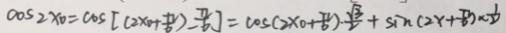
\cos 2 x 0 = \cos [ ( 2 \times 0 + \frac { \pi } { 6 } ) - \frac { \pi } { 6 } ] = \cos ( 2 x 0 + \frac { \pi } { 6 } ) \cdot \frac { \sqrt { 3 } } { 2 } + \sin ( 2 x + \frac { \pi } { 6 } ) \times \frac { 1 } { 2 }